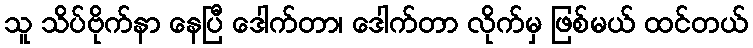
သူ သိပ်ဗိုက်နာ နေပြီ ဒေါက်တာ၊ ဒေါက်တာ လိုက်မှ ဖြစ်မယ် ထင်တယ်